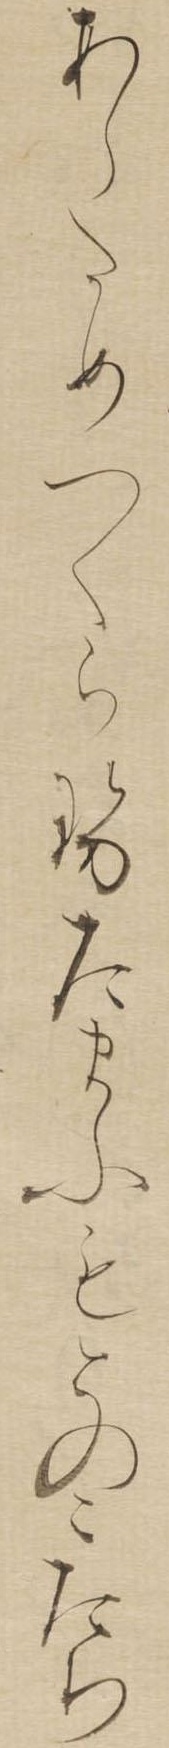
あらためつくらせたまふもとのこたち